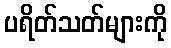
ပရိတ်သတ်များကို